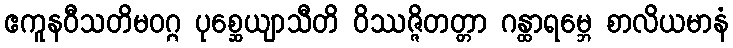
ဧကူနဝီသတိမဝဂ္ဂ ပုစ္ဆေယျာသီတိ ဝိဿဇ္ဇိတတ္တာ ဂန္ထာရမ္ဘေ စာလိယမာနံ